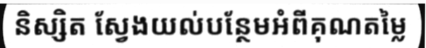
និស្សិត ស្វែងយល់បន្ថែមអំពីគុណតម្លៃ